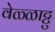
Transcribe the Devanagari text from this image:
वेळ्ळाट्टु